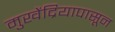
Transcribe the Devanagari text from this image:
मुखेंद्रियापासून